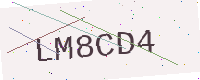
Text: LM8CD4